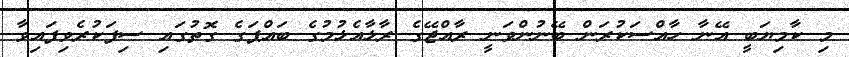
މި ކާމިޔަބީ އޭނާ ހާއްސަކުރަން ބޭނުންވަނީ ރާއްޖޭގެ ރާޅާއެޅުމުގެ ބައްޕަގެ ގޮތުގައި ސިފަކުރެވިފައިވާ